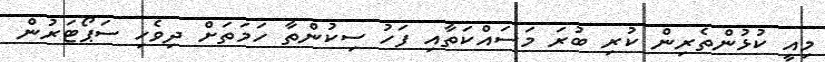
މިއީ ކުޅުންތެރިން ކުރި ބުރަ މަސައްކަތާއި ފަހު ސިކުންތާ ހަމަތަށް ދިވެހި ސަޕޯޓަރުން